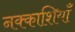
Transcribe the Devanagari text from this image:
नक्काशियाँ